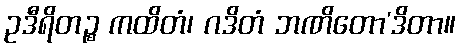
ဥဒီရိတဉ္စ ကထိတံ၊ ဂဒိတံ ဘဏိတော’ဒိတာ။